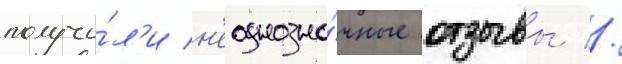
получи́л'и н'еоднозна́чные отзывы //